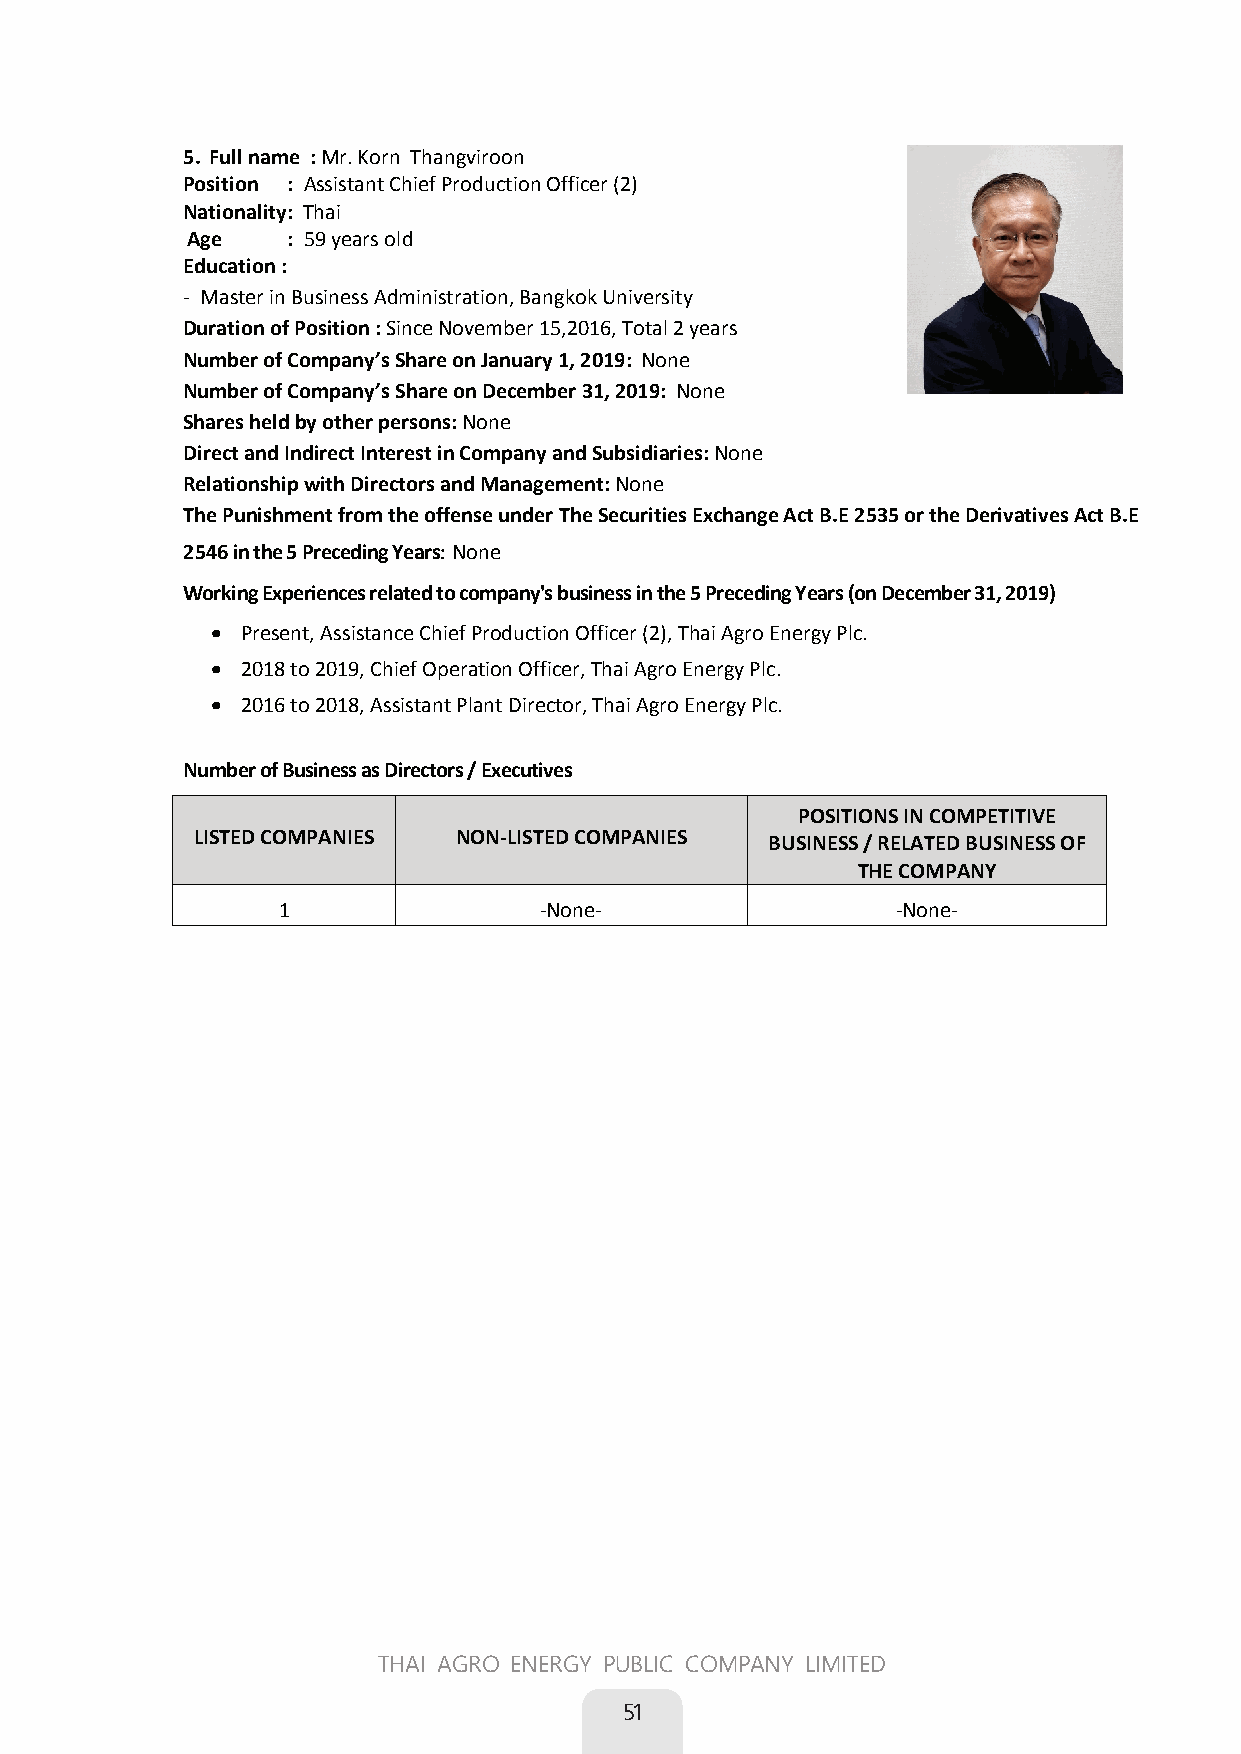
5. Full name : Mr. Korn Thangviroon
 Position : Assistant Chief Production Officer (2)
 Nationality: Thai
 Age : 59 years old
 Education :
 - Master in Business Administration, Bangkok University
 Duration of Position : Since November 15,2016, Total 2 years
 Number of Company’s Share on January 1, 2019: None
 Number of Company’s Share on December 31, 2019: None
 Shares held by other persons: None 
 Direct and Indirect Interest in Company and Subsidiaries: None
 Relationship with Directors and Management: None
 The Punishment from the offense under The Securities Exchange Act B.E 2535 or the Derivatives Act B.E
 2546 in the 5 Preceding YearsNone
 Working Experiences related to company's business in the 5 Preceding Years (on December 31, 2019)
  Present, Assistance Chief Production Officer (2), Thai Agro Energy Plc.
  2018 to 2019, Chief Operation Officer, Thai Agro Energy Plc.
  2016 to 2018, Assistant Plant Director, Thai Agro Energy Plc.
 Number of Business as Directors / Executives
 POSITIONS IN COMPETITIVE
 LISTED COMPANIES NON-LISTED COMPANIES BUSINESS / RELATED BUSINESS OF
 THE COMPANY
 1                 -None-                 -None-
 THAI AGRO ENERGY PUBLIC COMPANY LIMITED
 51